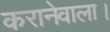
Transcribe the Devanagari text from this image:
करानेवाला।